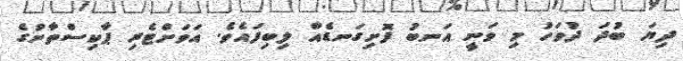
ދިޔަ ބުދަ ދުވަހު މި ވަނީ އަނބު ފޮށިގަނޑެއް ލިބިފައެވެ. އަވަށްޓެރި ޕާކިސްތާނުގެ